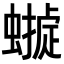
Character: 𧑺